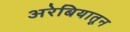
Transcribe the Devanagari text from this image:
अरेबियातून